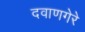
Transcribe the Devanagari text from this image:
दवाणगेरे